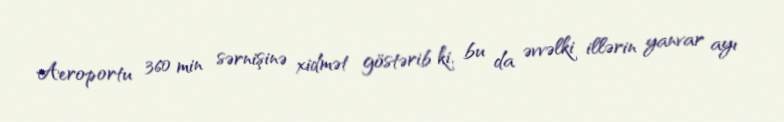
Aeroportu 360 min sərnişinə xidmət göstərib ki, bu da əvvəlki illərin yanvar ayı